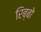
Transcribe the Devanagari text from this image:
रिब्बो